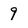
Character: 9